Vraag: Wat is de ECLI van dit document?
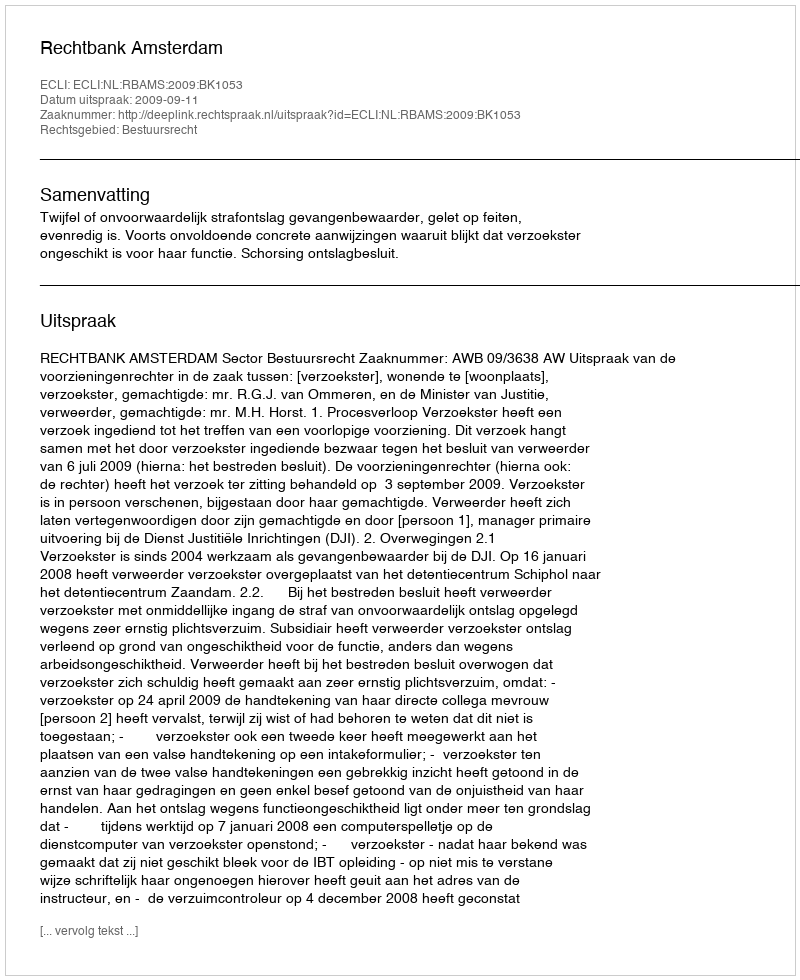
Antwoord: ECLI:NL:RBAMS:2009:BK1053